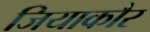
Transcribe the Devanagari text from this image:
जियाकौर